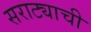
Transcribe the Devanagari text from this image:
सराट्याची